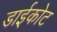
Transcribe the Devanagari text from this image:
डाईकोट